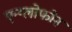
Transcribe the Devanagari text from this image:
एन्ग्लोफोन